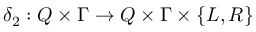
\delta _ { 2 } : Q \times \Gamma \to Q \times \Gamma \times \{ L , R \}